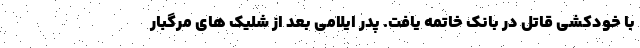
با خودکشی قاتل در بانک خاتمه یافت. پدر ایلامی بعد از شلیک های مرگبار